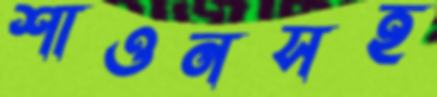
শাওনসহ